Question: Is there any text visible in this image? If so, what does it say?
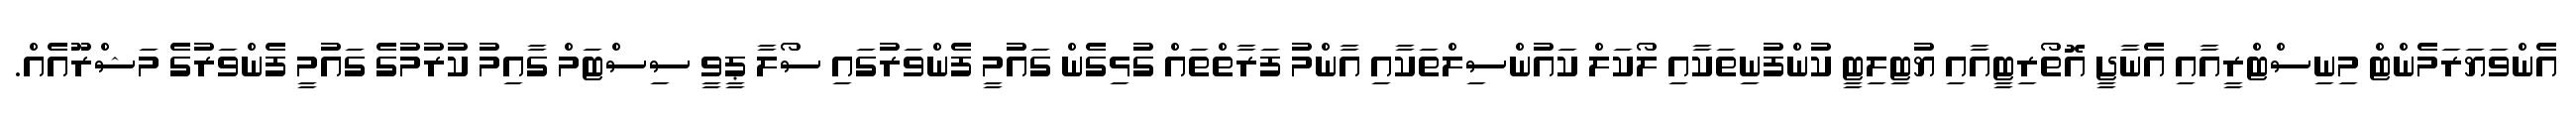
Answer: އެންވަޔަރަމެންޓް މިނިސްޓްރީއާއި އެނާޖީ އޮތޯރިޓީއާއި ޔުޓިލިޓީ ކުންފުނިތަކާއި ލޯކަލް ކައުންސިލްތަކާއި އާންމު ފަރާތްތައް ގުޅިގެން ގައުމީ ފެންވަރުގައި ސޯލާ ޕީވީ ސިސްޓަމް ގާއިމު ކުރުމުގެ ގައުމީ ފެންވަރުގެ މަޝްރޫއެއް.